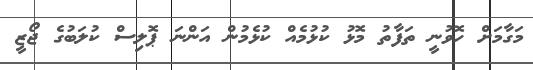
މަގާމަށް ހޮވުނީ ތަފާތު މޮޅު ކުޅުމެއް ކުޅެމުން އަންނަ ޕޮލިސް ކުލަބުގެ ޖޯޒީ